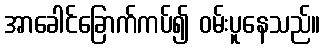
အာခေါင်ခြောက်ကပ်၍ ဝမ်းပူနေသည်။